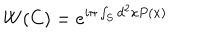
W ( C ) = e ^ { i \pi \int _ { S } d ^ { 2 } x P ( x ) }